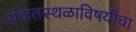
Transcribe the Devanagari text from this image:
संकेतस्थळाविषयीचा